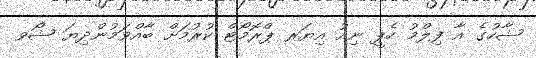
ޝާހުގެ އާ ފިލްމު ހެޕީ ނިއު އިޔަރ ޕްރޮމޯޓް ކުރުމަށް ބާއްވަމުންދިޔަ ޝޯވ